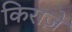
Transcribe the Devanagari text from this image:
किराज़े